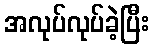
အလုပ်လုပ်ခဲ့ပြီး